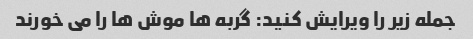
جمله زیر را ویرایش کنید: گربه ها موش ها را می خورند